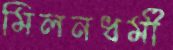
মিলনধর্মী